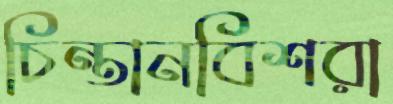
চিন্তানবিশরা